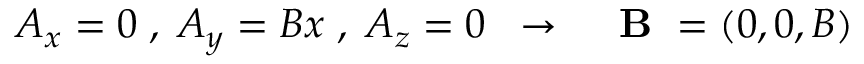
A _ { x } = 0 \; , \; A _ { y } = B x \; , \; A _ { z } = 0 \; \; \to \; \; \mathrm { ~ \bf ~ B ~ } = ( 0 , 0 , B )